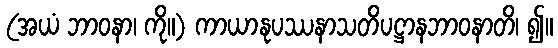
(အယံ ဘာဝနာ၊ ကို။) ကာယာနုပဿနာသတိပဋ္ဌာနဘာဝနာတိ၊ ၍။